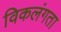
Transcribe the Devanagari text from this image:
विकलंगता